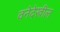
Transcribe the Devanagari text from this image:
वनेदेखील